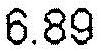
6.89